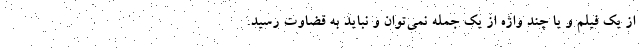
از یک فیلم و یا چند واژه از یک جمله نمی‌توان و نباید به قضاوت رسید.